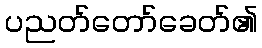
ပညတ်တော်ခေတ်၏